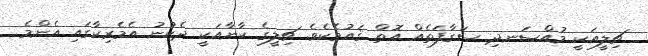
ޗިލީއަކީ މުއްސަނދި ސަގާފަތެއް އޮތް ޤައުމެކެވެ. ޗިލީގެ ކާނާއަކީ ދެކުނު އެމެރިކާގައި އެންމެ